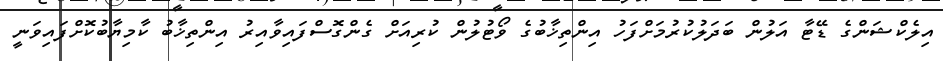
އިލެކްޝަންގެ ޑޭޓާ އަލުން ބަދަލުކުރުމަށްފަހު އިންތިޚާބުގެ ވޯޓުލުން ކުރިއަށް ގެންގޮސްފައިވާއިރު އިންތިޚާބު ކާމިޔާބުކޮށްފައިވަނީ